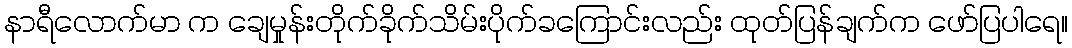
နာရီလောက်မာ က ချေမှုန်းတိုက်ခိုက်သိမ်းပိုက်ခကြောင်းလည်း ထုတ်ပြန်ချက်က ဖော်ပြပါရေ။